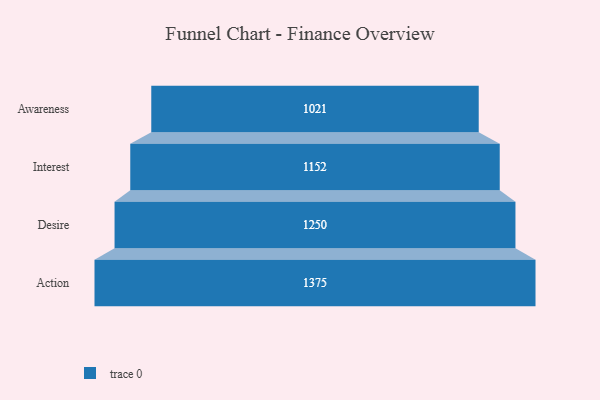
{"axis": {"x": "Stage", "y": "Value"}, "legend": [""], "data": [{"x": "Awareness", "y": 1021.0, "type": ""}, {"x": "Interest", "y": 1152.0, "type": ""}, {"x": "Desire", "y": 1250.0, "type": ""}, {"x": "Action", "y": 1375.0, "type": ""}]}